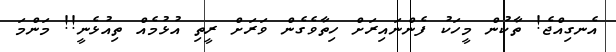
އެނގިއްޖެ! ތާކުން މީހަކު ފެންނައިރަށް ހިތާވެގެން ވަރަށް ރީތި އުޅުމެއް ތިއުޅެނީ!! މަންމަ